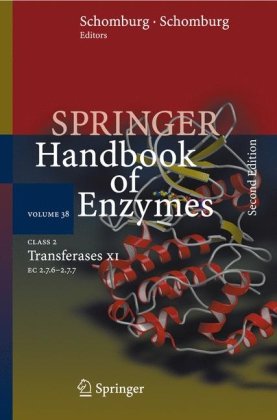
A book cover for Class 2 Transferases XI: EC 2.7.6 - 2.7.7 (Springer Handbook of Enzymes); Medical Books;